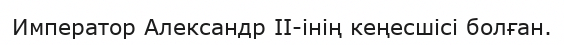
Император Александр II-інің кеңесшісі болған.